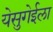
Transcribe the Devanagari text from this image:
येसुगेईला